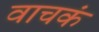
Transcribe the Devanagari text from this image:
वाचकं